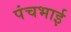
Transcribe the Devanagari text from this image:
पंचभाई